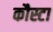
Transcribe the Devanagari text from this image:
कौस्टा